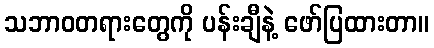
သဘာဝတရားတွေကို ပန်းချီနဲ့ ဖော်ပြထားတာ။